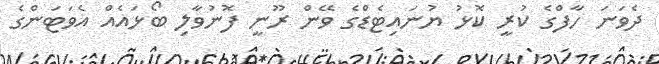
ދެވަނަ ހާފްގެ ކުރީ ކޮޅު ޔުނައިޓެޑްގެ ވޭން ރޫނީ ފޮނުވާލި ބޯޅައެއް އެވަޓަންގެ